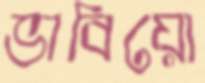
ভাবিয়ো